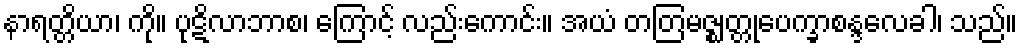
နာရတ္တိယာ၊ ကို။ ပုဋိလာဘာစ၊ ကြောင့် လည်းကောင်း။ အယံ တတြမဇ္ဈတ္တုပေက္ခာစန္ဒလေခါ၊ သည်။